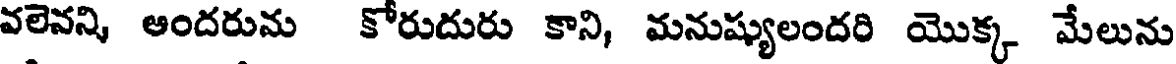
వలెవని ఆందరుమ కోరుదురు కాని, మనుష్యులందరి యొక్క మేలును